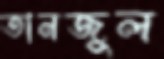
তানজুল